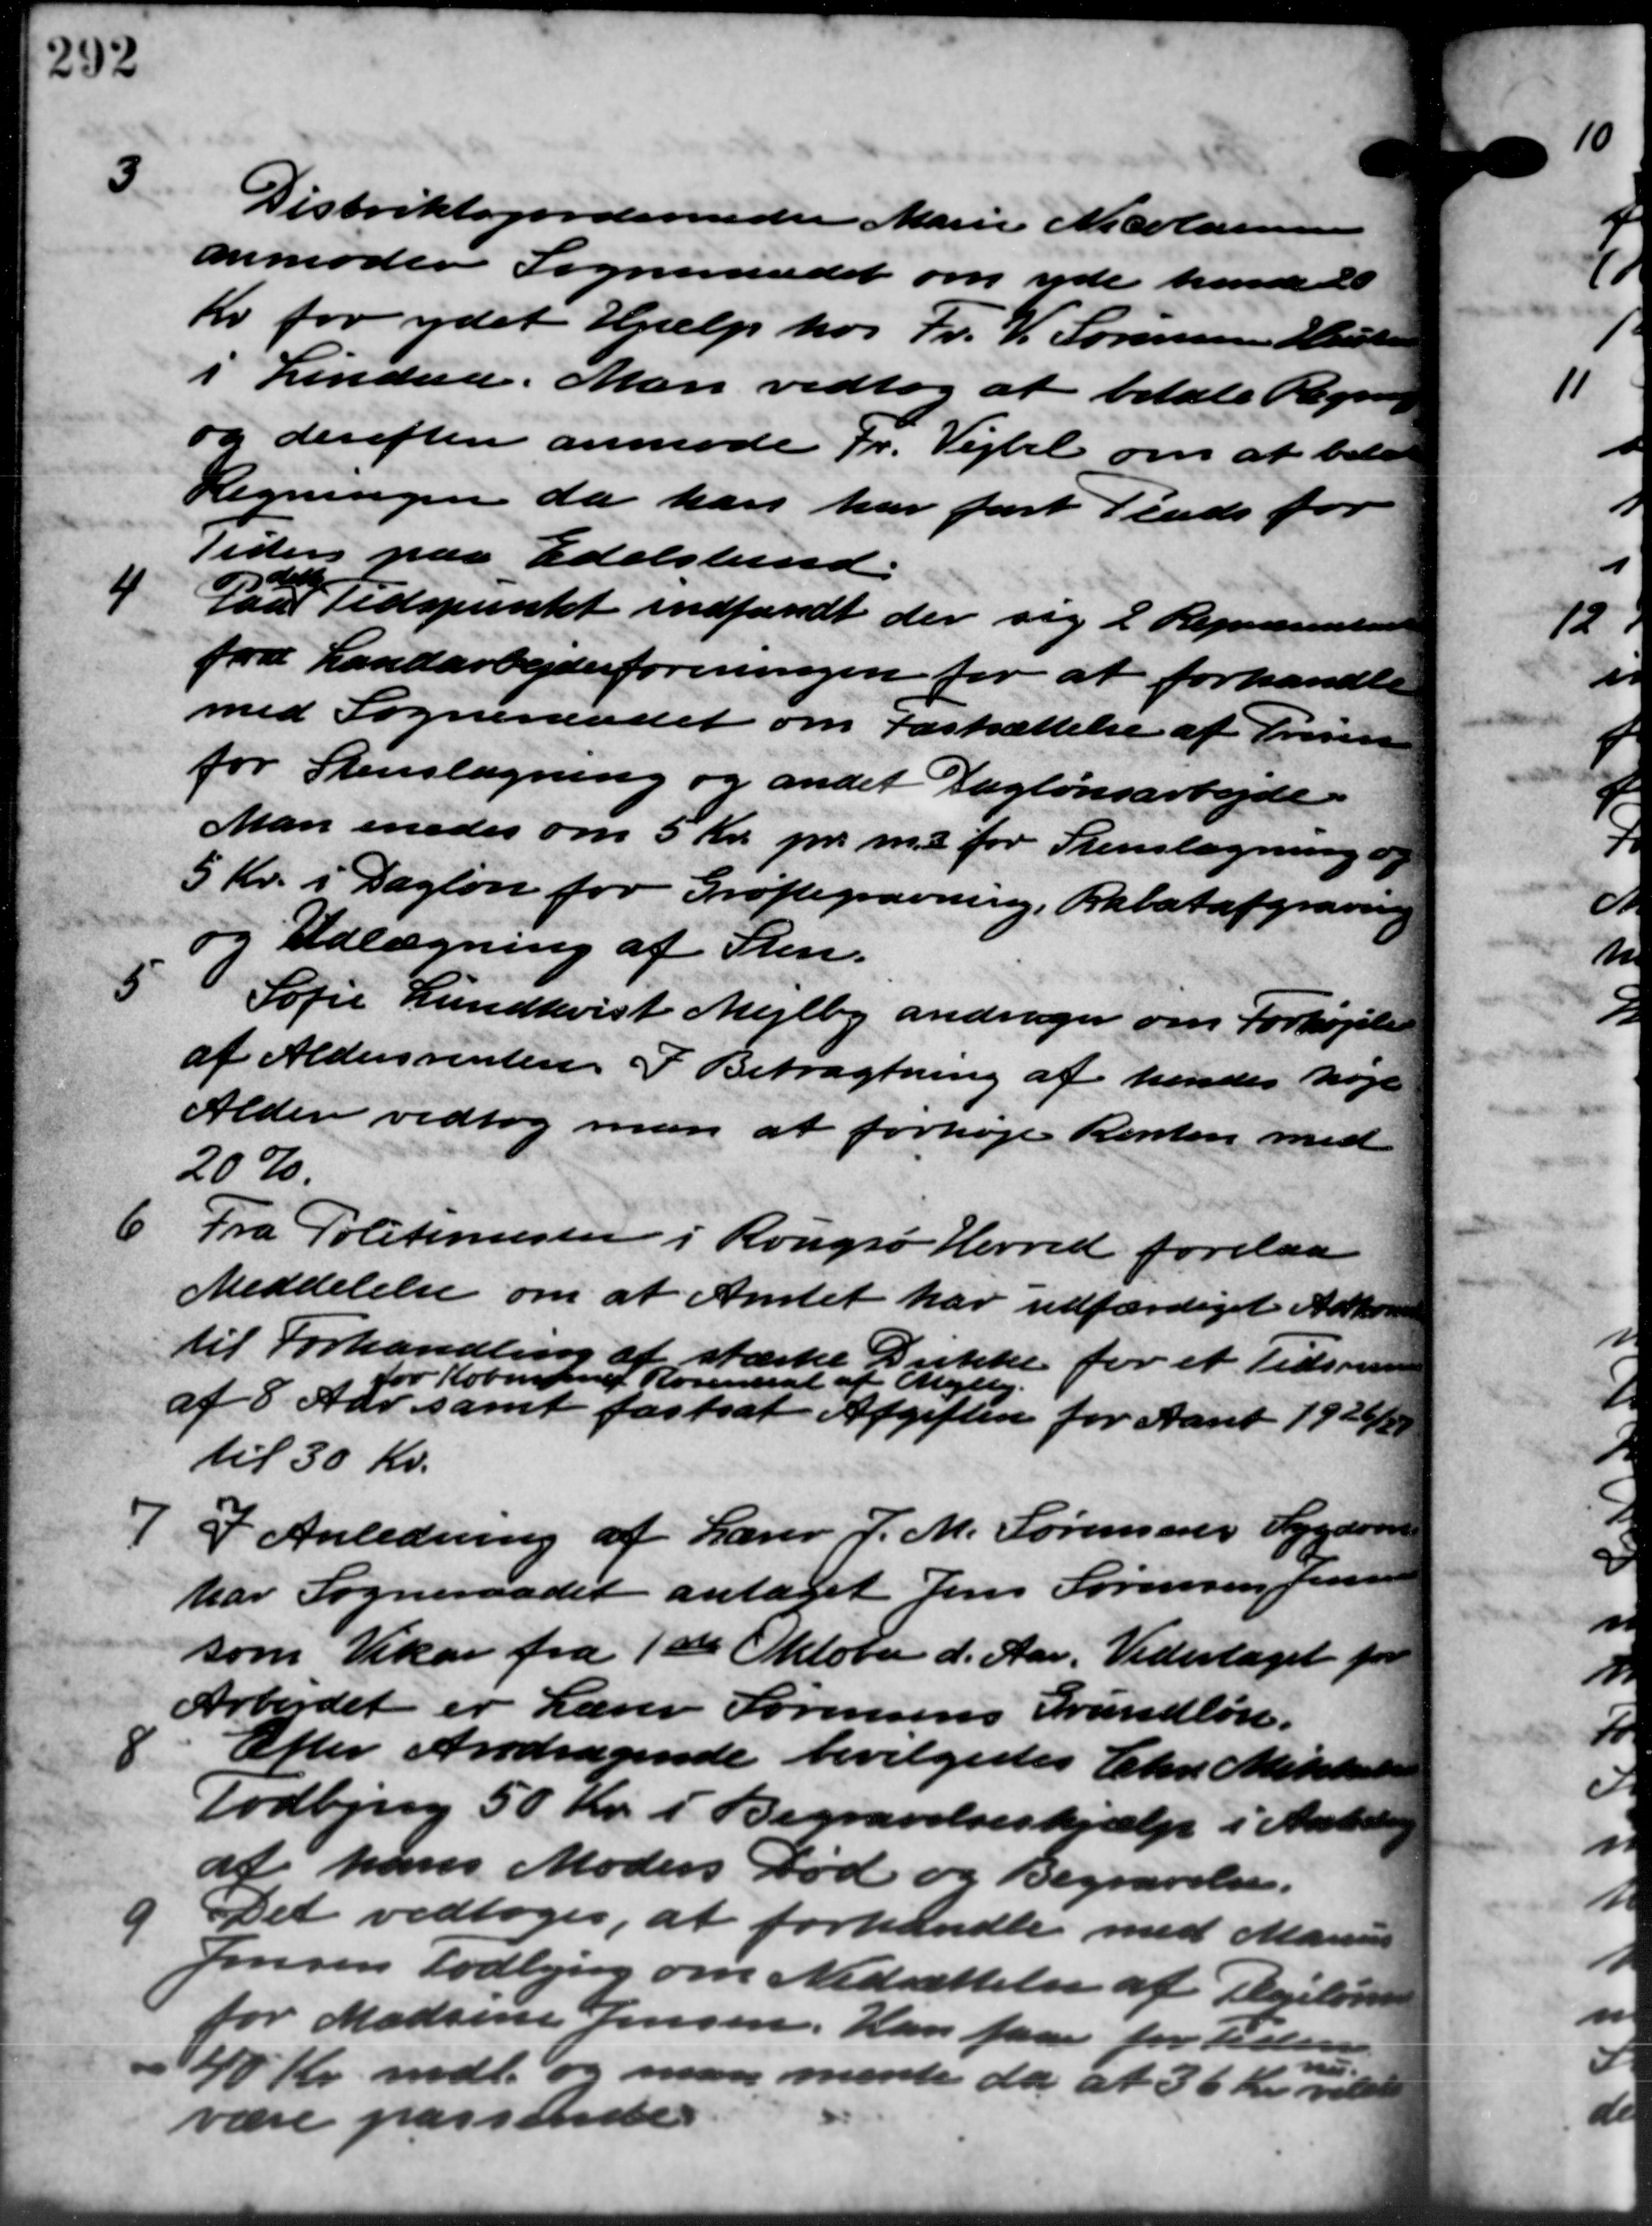
Transskription:
3
Distriktsjordeneder Marie Nicolausen
anmoder Sogneraadet om yde hende 20
Kr. for ydet Hjælp hos Fr. V. Sørensen Hans
i Lindaa. Man vedtog at betale Regning
og derefter anmode Fr. Vejbel om at betal
Regningen da han har fast Plads for
Tiden paa Edelslund.
4
Par Tidspunkt indfandt der sig 2 Repræsenten

fra Landarbejderforeningen for at forhandle
med Sogneraadet om Fastsættelse af Prisen
for Stenslagning og andet Daglønsarbejde.
Man enedes om 5 Kr. pr. m. 2 for Stenslagning.
5 Kr. i Dagløn for Grøftegravning, Rabatafgraving
og Udlægning af Sten.
5
Sofie Lundkvist Mejlby andrager om Forhøjelse
af Aldersrenten. I Betragtning af hendes høje
Alder vedtog man at forhøje Renten med
20%.
6 Fra Politimester i Rougsø Herred forelaa
6 Fra Politimester i Rougsø Herred forelaa
Meddelelse om at Amtet har udfærdiget Adkom
til Forhandling af stærke Drikke for et Tidsrum
af 8 Aar samt fastsat Afgiften for Aaret 1926/2
for Købmand Rosendest af Mejlby.
til 30 Kr.
7 I Anledning af Lærer J. M. Sørensens Sygdom
7 I Anledning af Lærer J. M. Sørensens Sygdom
har Sogneraadet antaget Jens Sørensen Jensen
som Vikar fra 1ste Oktober d. Aar. Vederlaget for
Arbejdet er Lærer Sørensens Grundløn.

Efter Andragende bevilgedes Chr. Mikkelsen
Todbjerg 50 Kr. i Begravelseshjælp i Amtsang
af hans Moders Død og Begravelse.
9
Det vedtoges, at forhandle med Marius
Jensen Todbjerg om Nedsættelse af Pegeløbe
for Madsine Jensen. Han faar for Tiden
40 Kr. mdl. og man mente da at 36 Kr. vildt
være passende